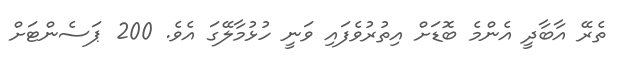
ތެރޭ އާބާދީ އެންމެ ބޮޑަށް އިތުރުވެފައި ވަނީ ހުޅުމާލޭގަ އެވެ. 200 ޕަސެންޓަށް